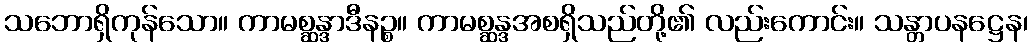
သဘောရှိကုန်သော။ ကာမစ္ဆန္ဒာဒီနဉ္စ။ ကာမစ္ဆန္ဒအစရှိသည်တို့၏ လည်းကောင်း။ သန္တာပနဋ္ဌေန၊